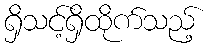
ရှိသင့်ရှိထိုက်သည့်